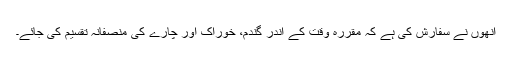
انھوں نے سفارش کی ہے کہ مقررہ وقت کے اندر گندم، خوراک اور چارے کی منصفانہ تقسیم کی جائے۔